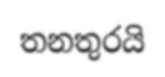
තනතුරයි